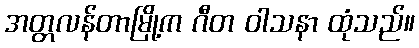
အတ္တလန်တာမြို့က ဂီတ ဝါသနာ ထုံသည်။